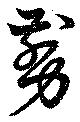
剪